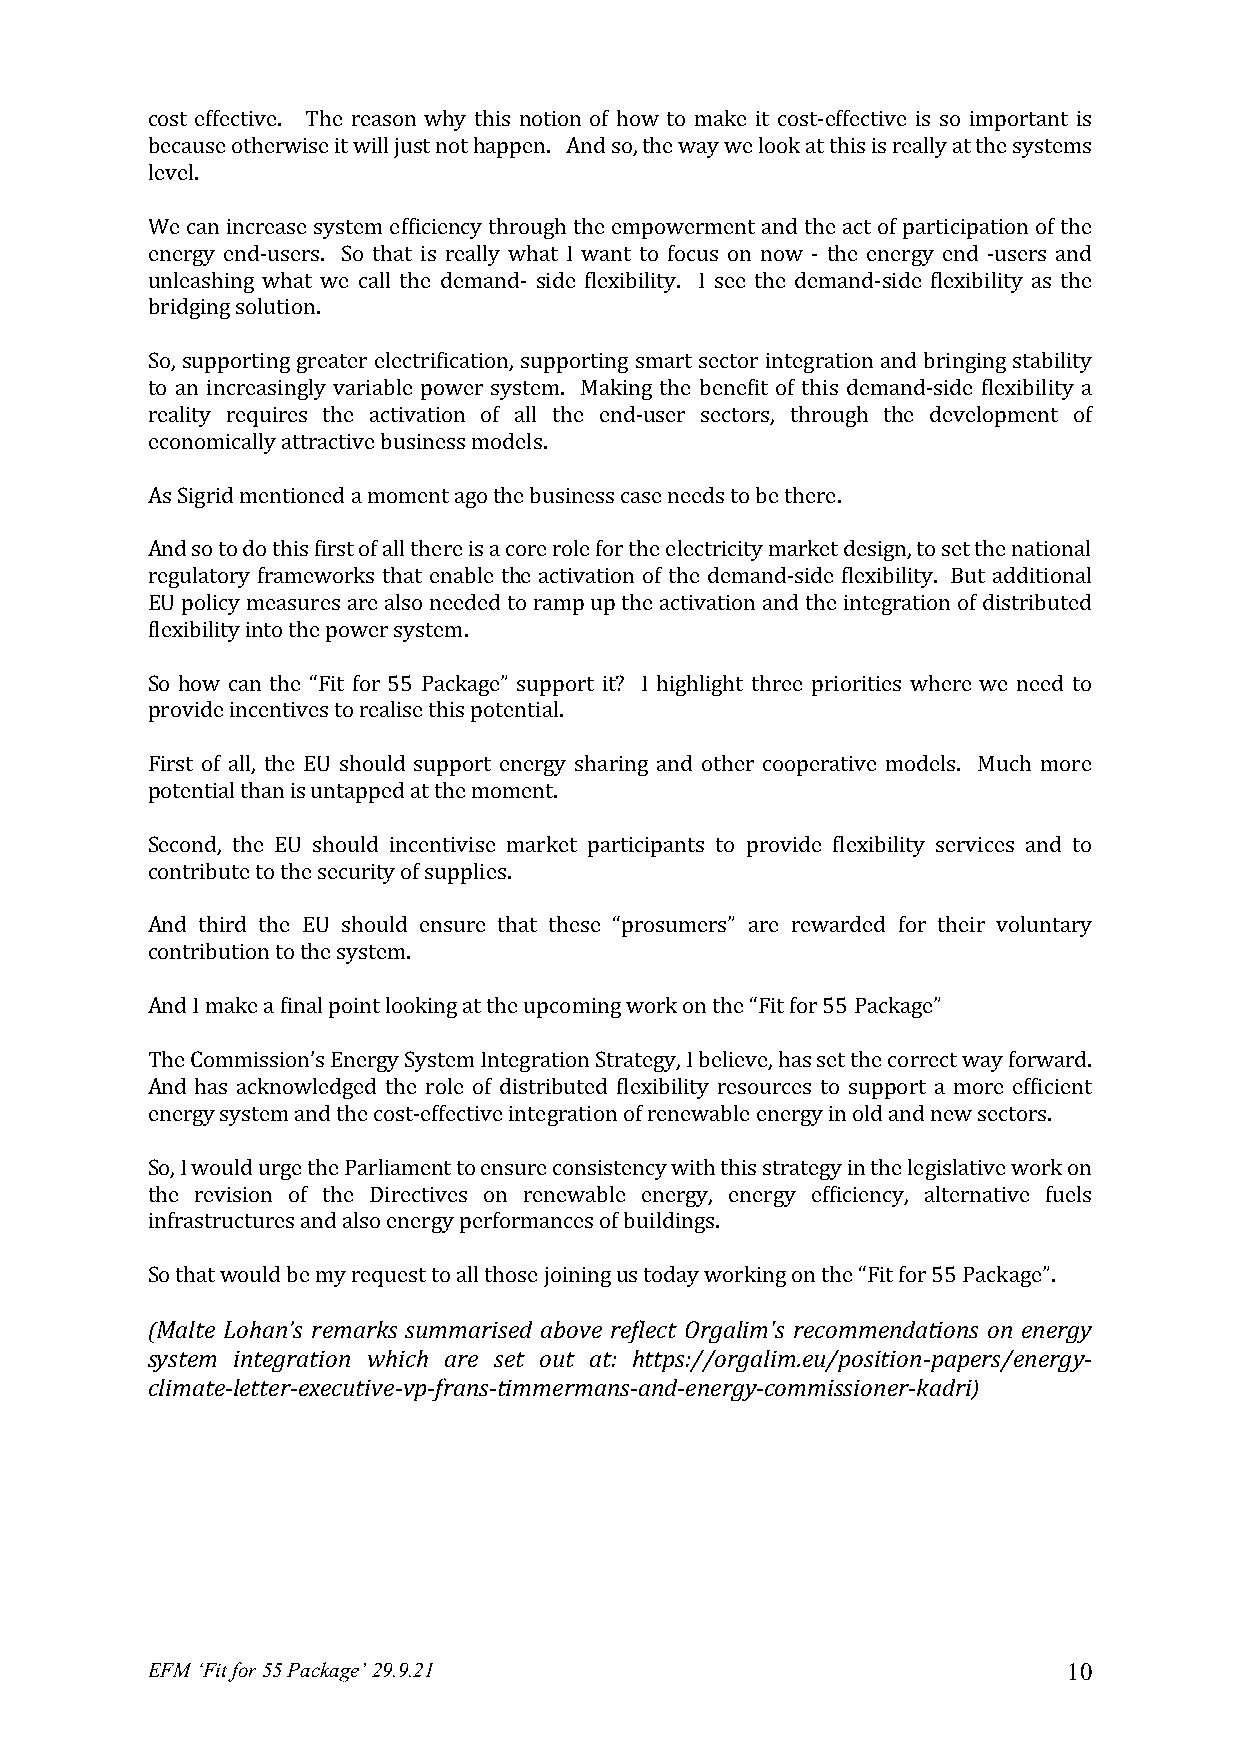
cost effective. The reason why this notion of how to make it cost-effective is so important is
 because otherwise it will just not happen. And so, the way we look at this is really at the systems
 level.
 We can increase system efficiency through the empowerment and the act of participation of the
 energy end-users. So that is really what I want to focus on now - the energy end -users and
 unleashing what we call the demand- side flexibility. I see the demand-side flexibility as the
 bridging solution.
 So, supporting greater electrification, supporting smart sector integration and bringing stability
 to an increasingly variable power system. Making the benefit of this demand-side flexibility a
 reality requires the activation of all the end-user sectors, through the development of
 economically attractive business models.
 As Sigrid mentioned a moment ago the business case needs to be there.
 And so to do this first of all there is a core role for the electricity market design, to set the national
 regulatory frameworks that enable the activation of the demand-side flexibility. But additional
 EU policy measures are also needed to ramp up the activation and the integration of distributed
 flexibility into the power system.
 So how can the “Fit for 55 Package” support it? I highlight three priorities where we need to
 provide incentives to realise this potential.
 First of all, the EU should support energy sharing and other cooperative models. Much more
 potential than is untapped at the moment.
 Second, the EU should incentivise market participants to provide flexibility services and to
 contribute to the security of supplies.
 And third the EU should ensure that these “prosumers” are rewarded for their voluntary
 contribution to the system.
 And I make a final point looking at the upcoming work on the “Fit for 55 Package”
 The Commission’s Energy System Integration Strategy, I believe, has set the correct way forward.
 And has acknowledged the role of distributed flexibility resources to support a more efficient
 energy system and the cost-effective integration of renewable energy in old and new sectors.
 So, I would urge the Parliament to ensure consistency with this strategy in the legislative work on
 the revision of the Directives on renewable energy, energy efficiency, alternative fuels
 infrastructures and also energy performances of buildings.
 So that would be my request to all those joining us today working on the “Fit for 55 Package”.
 (Malte Lohan’s remarks summarised above reflect Orgalim's recommendations on energy
 system integration which are set out at: https://orgalim.eu/position-papers/energy-
 climate-letter-executive-vp-frans-timmermans-and-energy-commissioner-kadri)
 EFM ‘Fit for 55 Package’ 29.9.21                             10